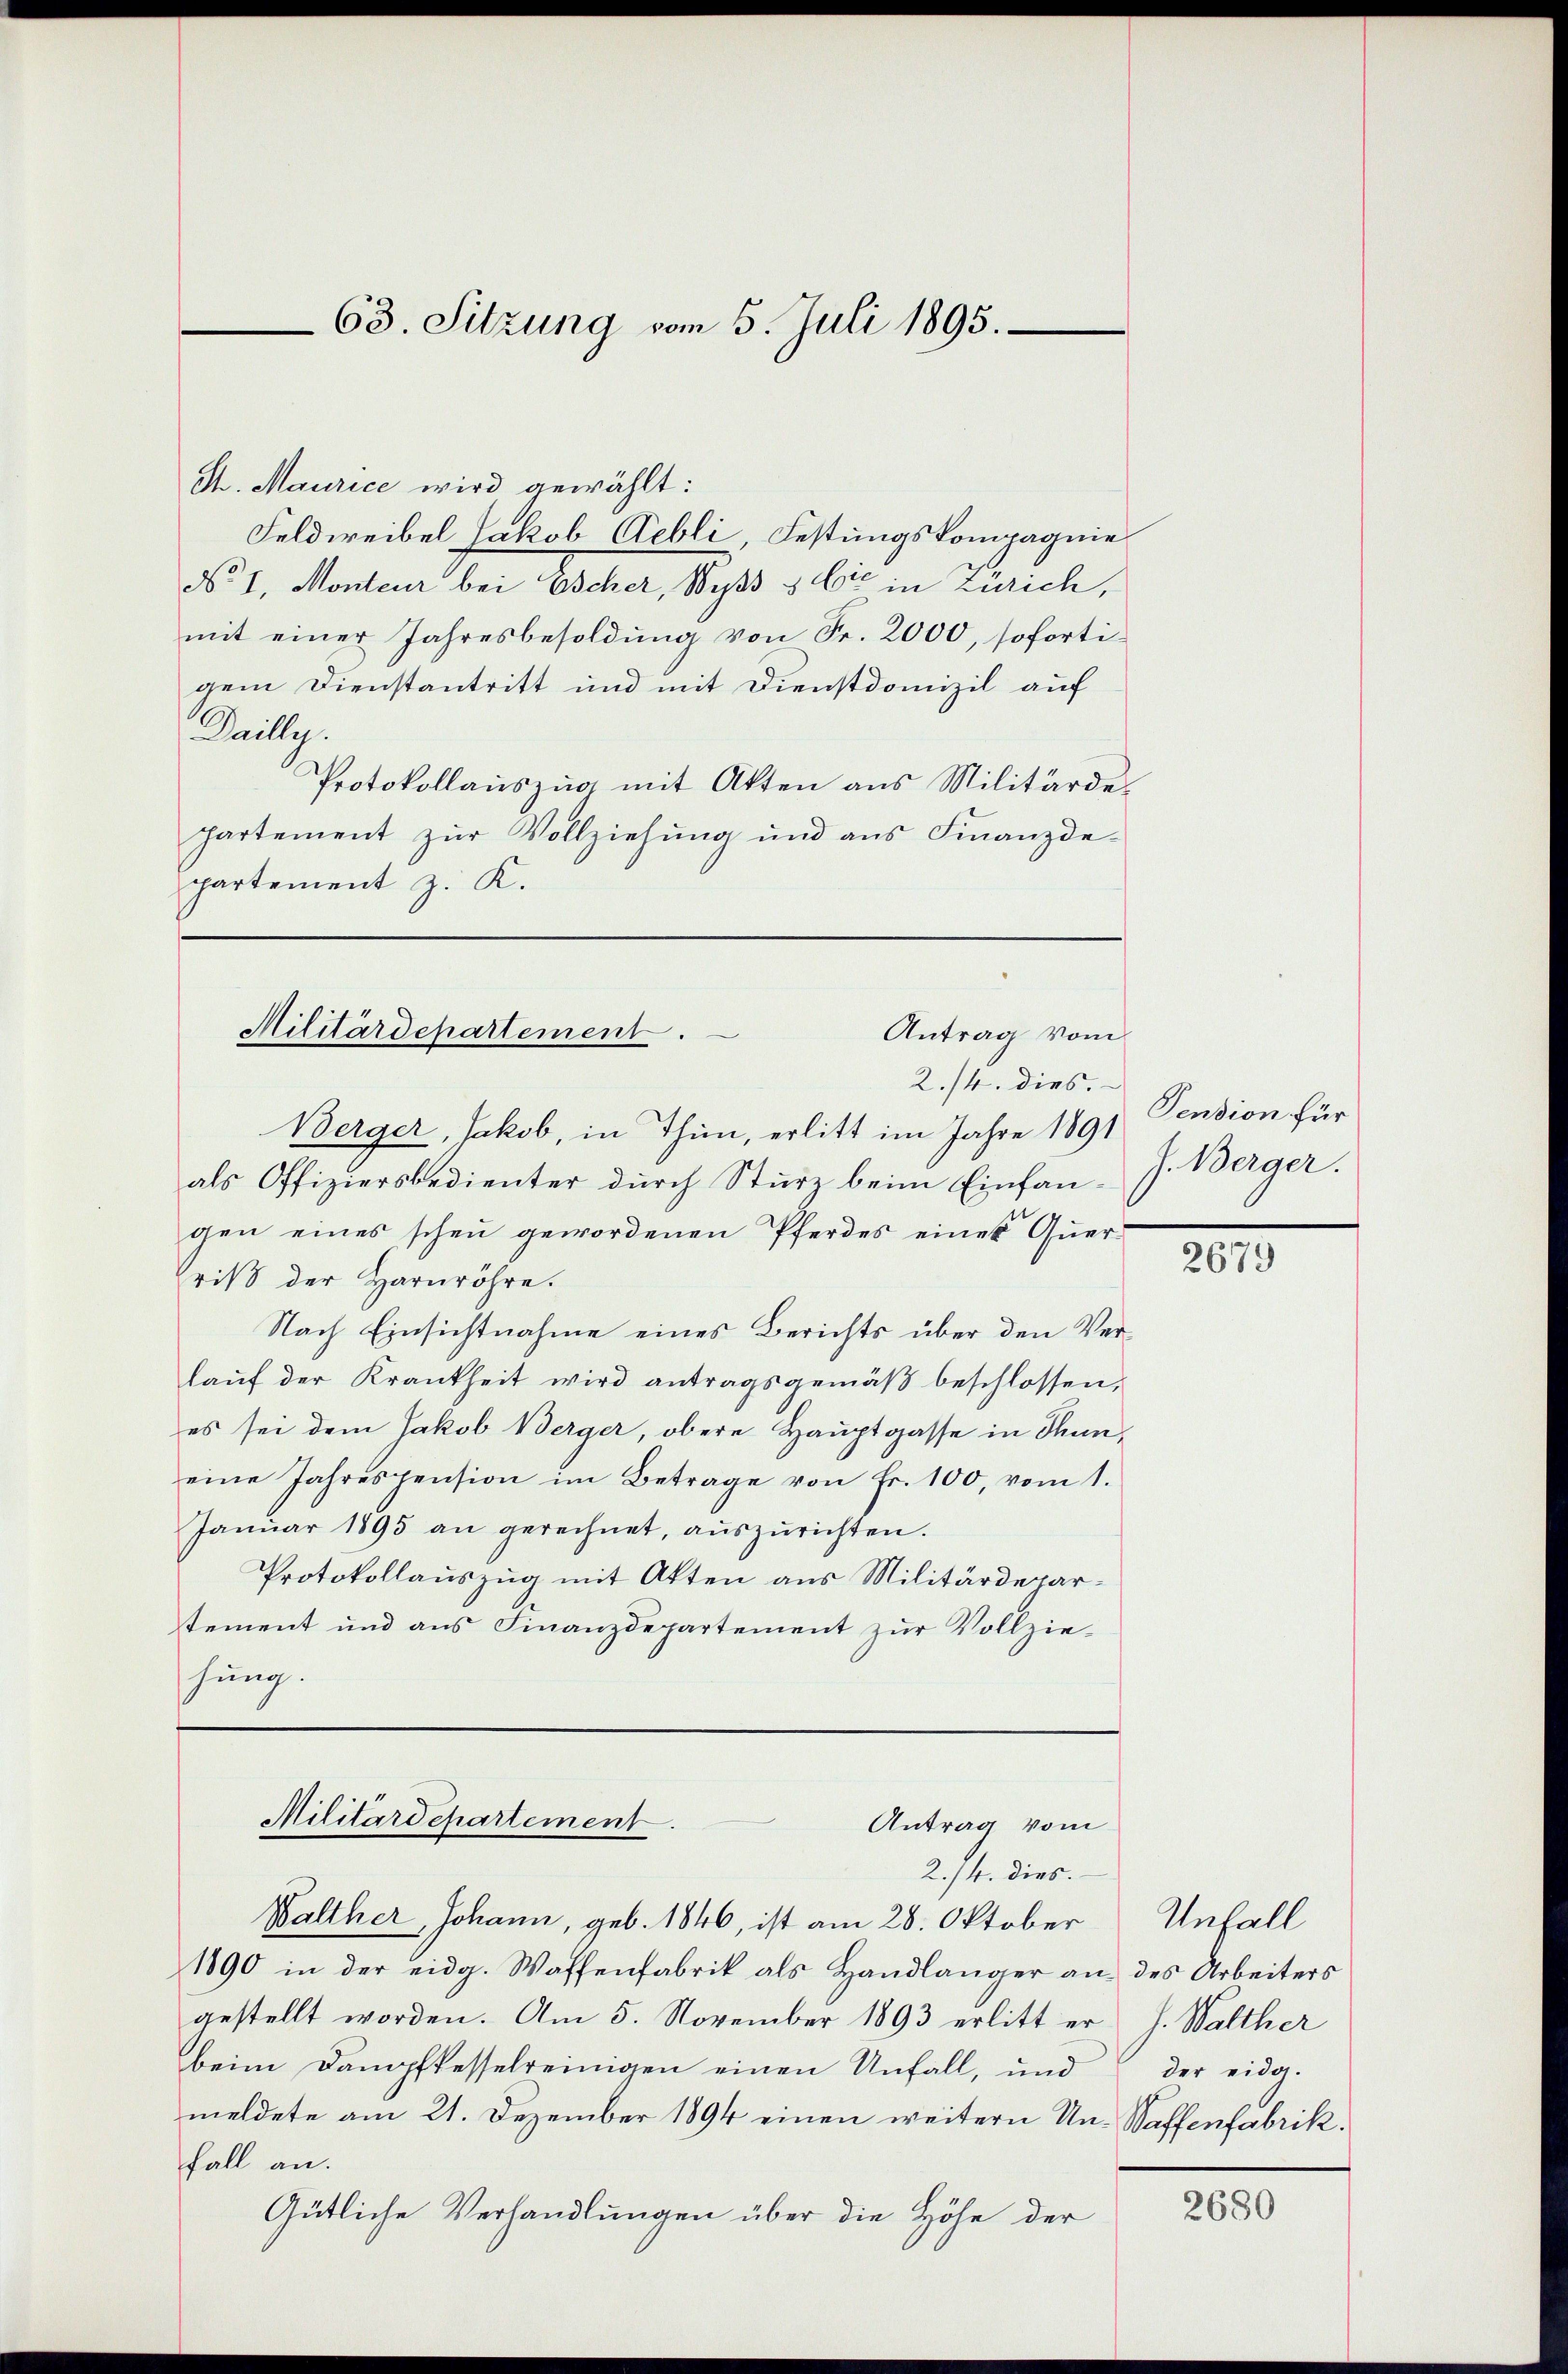
63. Sitzung vom 5. Juli 1895.

St. Maurice wird gewählt:
Feldweibel Jakob Aebli, Festungskompagnie
No 1. Monteur bei Escher, Wyss & Cie in Zürich,
mit einer Jahresbesoldung von Fr. 2000, sofortigem Dienstantritt und mit Dienstdomizil auf
Millg.
Protokollauszug mit Akten aus Militärdepartement zŭr Vollziehung und aus Finanzde-
partement z. K.

Militärdepartement.
Antrag vom
2./4. dies.

Berger, Jakob, in Thun, erlitt im Jahre 1891
als Offiziersbedienter durch Sturz beim Einfangen eines schen gewordenen Pferdes eines Querrit der Harnröhre.
Nach Einsichtnahme eines Berichts über den Verlaŭf der Krankheit wird antragsgemäβ beschlossen,
es sei dem Jakob Berger, obere Hauptgasse in Thuneine Jahrespension im Betrage von Fr. 100, vom 1.
Janŭar 1895 an gerechnet, aŭszŭrichten.
Protokollauszug mit Akten aus Militärdepartement und aus Finanzdepartement zŭr Vollzie-
hung.
Militärdepartement.
Antrag vom
2./4. dies
Walther, Johann, geb. 1846, ist am 28. Oktober
1890 in der eidg. Waffenfabrik als Handlänger an des Arbeiters
gestellt worden. Am 5. November 1893 erlitt er J. Walther
beim Dampfkesselreinigen einen Unfall, und
meldete am 21. Dezember 1894 einen weitern Un- Waffenfabrik.
fall an.
Gütliche Verhandlungen über die Höhe der

Pension für
J. Berger.

2679

Unfall
der eidg.

2680